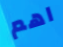
اهم